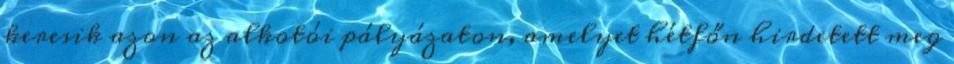
keresik azon az alkotói pályázaton, amelyet hétfőn hirdetett meg